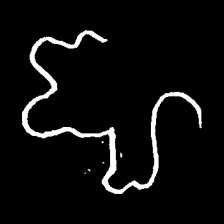
Pyu character \u2014 Myanmar letter: ဈ (romanized: jha)